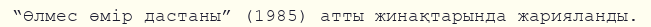
“Өлмес өмір дастаны” (1985) атты жинақтарында жарияланды.